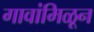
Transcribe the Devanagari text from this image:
गावांमिळून